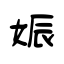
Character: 娠